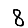
Digit: 8